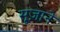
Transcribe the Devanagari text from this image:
सूज़ाने